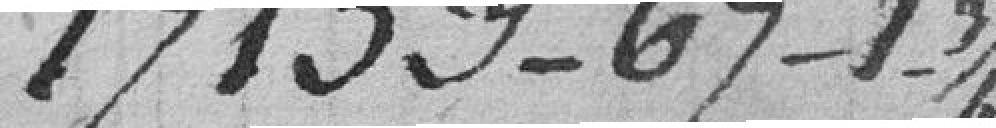
17.153frs-----67---1-3/4